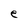
Character: e